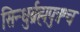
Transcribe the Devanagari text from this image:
सिन्धुर्ब्रह्मपुत्रश्च